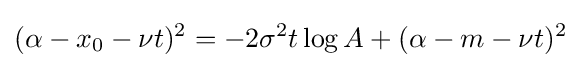
(\alpha -x_{0}-\nu t)^{2}=-2\sigma ^{2}t\log A+(\alpha -m-\nu t)^{2}